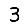
Digit: 3